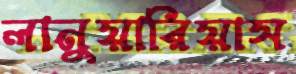
লানুয়ারিয়াস